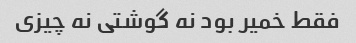
فقط خمیر بود نه گوشتی نه چیزی